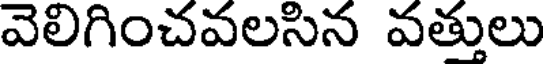
వెలిగించవలసిన వత్తులు